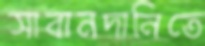
সাবানদানিতে